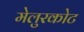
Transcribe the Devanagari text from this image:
मेलुरकोट